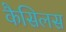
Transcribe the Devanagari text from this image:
कैसिलस